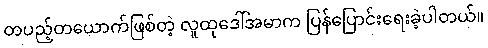
တပည့်တယောက်ဖြစ်တဲ့ လူထုဒေါ်အမာက ပြန်ပြောင်းရေးခဲ့ပါတယ်။